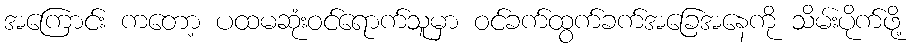
အကြောင်း ကတော့ ပထမဆုံးဝင်ရောက်သူမှာ ဝင်ခက်ထွက်ခက်အခြေအနေကို သိမ်းပိုက်ဖို့